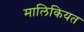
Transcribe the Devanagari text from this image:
मालिकियत